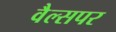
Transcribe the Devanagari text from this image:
वैल्सपर